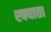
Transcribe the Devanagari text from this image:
श्क्वाता